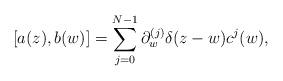
LaTeX: \begin{align*} [a(z), b(w)] = \sum_{j=0}^{N-1} \partial_w^{(j)}\delta(z-w)c^j(w),\end{align*}